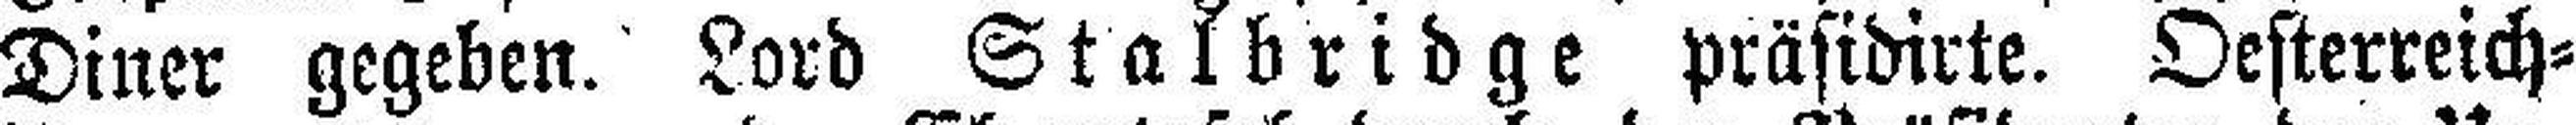
Diner gegeben. Lord Stalbridge präsidirte. Oesterreich=